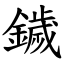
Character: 鐬